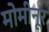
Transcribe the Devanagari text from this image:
मोमीनूर